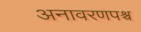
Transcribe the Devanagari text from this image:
अनावरणपश्च